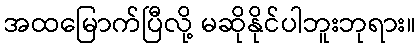
အထမြောက်ပြီလို့ မဆိုနိုင်ပါဘူးဘုရား။